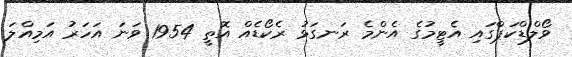
ވޯލްޑްކަޕްގައި އެޓީމުގެ އެންމެ ރަނގަޅު ރެކޯޑެއް އޮތީ 1954 ވަނަ އަހަރު އަމިއްލަ